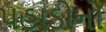
પહાડોનો